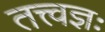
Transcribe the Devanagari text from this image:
तत्त्वज्ञः